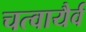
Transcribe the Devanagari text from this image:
चत्वायैर्व